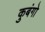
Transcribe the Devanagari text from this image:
कुबंगो